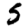
Digit: 5